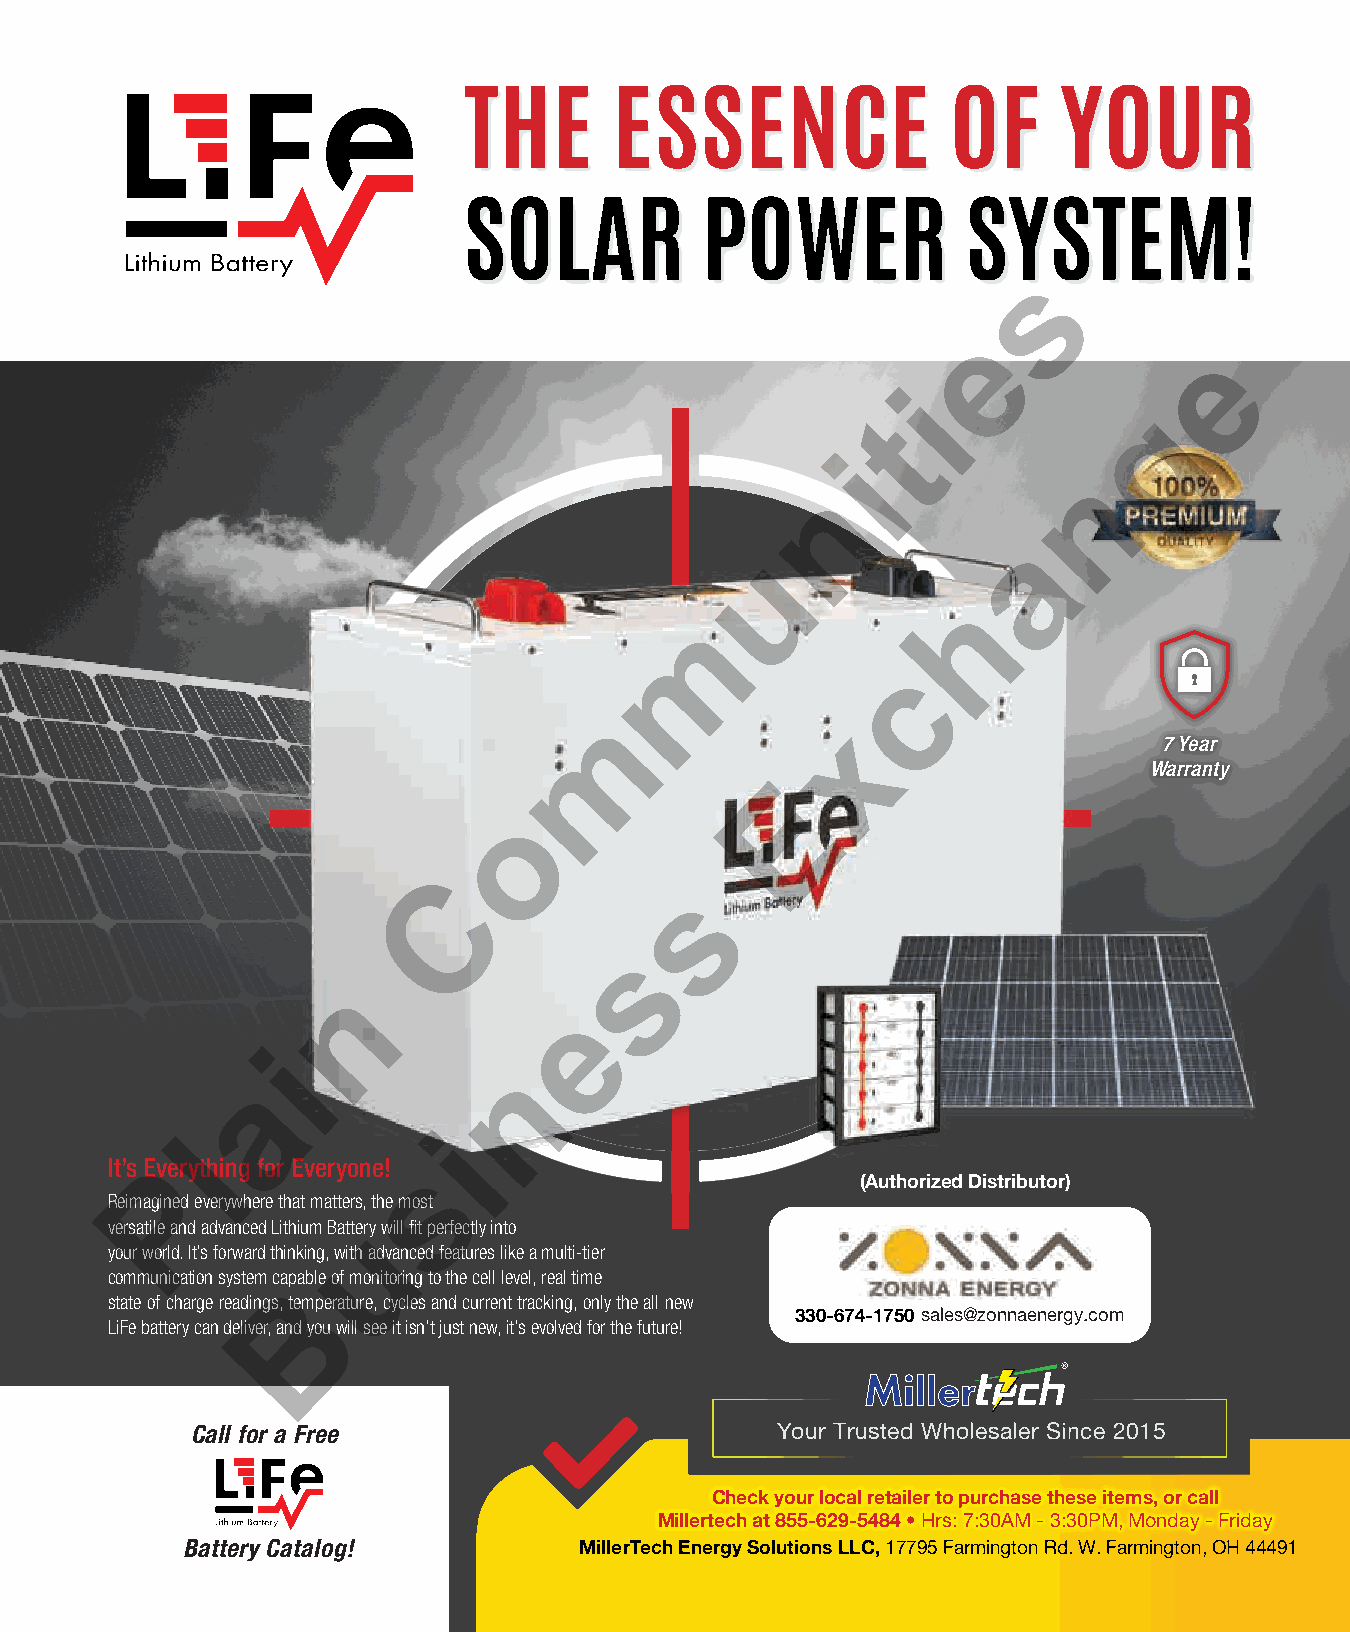
THE       ESSENCE               OF     YOUR
 SOLAR          POWER             SYSTEM!
 s
 e
 e
 i
 g
 t
 i
 n
 n
 a
 u
 h
 m
 c
 m
 x
 7 Year
 Warranty
 E
 o
 C
 s
 s
 n
 e
 i
 n
 a
 i
 l
 It’s Everything for Everyone! s
 P                                             (Authorized Distributor)
 Reimagined everywhere that matters, the most
 versatile and advanced Lithium Batteury will fit perfectly into
 your world. It’s forward thinking, with advanced features like a multi-tier
 communication system capable of monitoring to the cell level, real time
 state of charge readings, teBmperature, cycles and current tracking, only the all new
 330-674-1750 sales@zonnaenergy.com
 LiFe battery can deliver, and you will see it isn’t just new, it’s evolved for the future!
 Call for a Free                       Your Trusted Wholesaler Since 2015
 Check your local retailer to purchase these items, or call
 Millertech at 855-629-5484 • Hrs: 7:30AM - 3:30PM, Monday - Friday
 Battery Catalog!          MillerTech Energy Solutions LLC, 17795 Fa rmington Rd. W. Farmington, OH 44491
 | December 2021 71